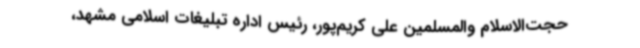
حجت‌الاسلام والمسلمین علی کریم‌پور، رئیس اداره تبلیغات اسلامی مشهد،